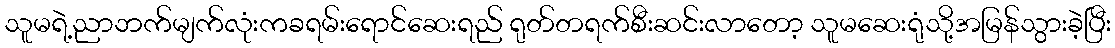
သူမရဲ့ညာဘက်မျက်လုံးကခရမ်းရောင်ဆေးရည် ရုတ်တရက်စီးဆင်းလာတော့ သူမဆေးရုံသို့အမြန်သွားခဲ့ပြီး